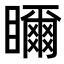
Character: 𥌃